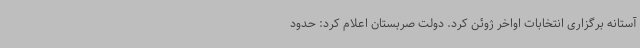
آستانه برگزاری انتخابات اواخر ژوئن کرد. دولت صربستان اعلام کرد: حدود